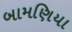
બામણિયા